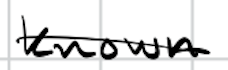
Text: known
Cross-out: single-line
Writing tool: digital_black